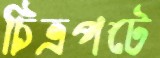
চিত্রপটে